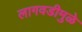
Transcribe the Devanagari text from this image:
लागवडीमुळे